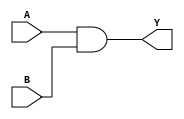
module and_gate(
    input wire A,
    input wire B,
    output reg Y
);

    always @ (A, B) begin
        Y = A & B;
    end

endmodule